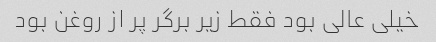
خیلی عالی بود فقط زیر برگر پر از روغن بود